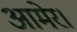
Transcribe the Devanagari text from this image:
आमेर।